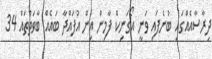
ދިރާސާއެއްގައި ބުނެފައި ވަނީ އޯގަނިކް ފާމިން އިން އުފައްދާ ބައެއް ބާވަތްތައް 34